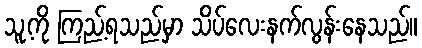
သူ့ကို ကြည့်ရသည်မှာ သိပ်လေးနက်လွန်းနေသည်။